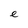
Character: e